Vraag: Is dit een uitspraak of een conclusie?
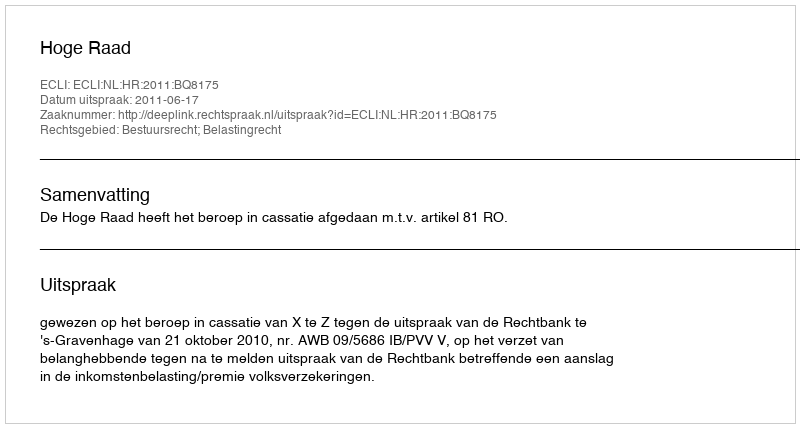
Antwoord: Uitspraak